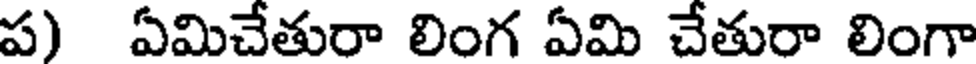
ప) ఏమిచేతురా లింగ ఏమి చేతురా లింగా